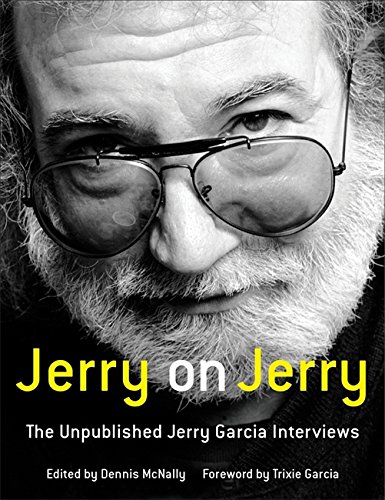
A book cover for Jerry on Jerry: The Unpublished Jerry Garcia Interviews; Arts & Photography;